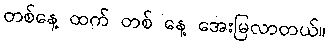
တစ်နေ့ ထက် တစ် နေ့ အေးမြလာတယ်။